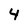
Character: 4